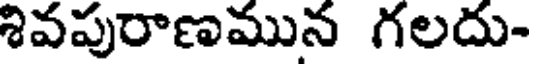
శివపురాణమున గలదు-